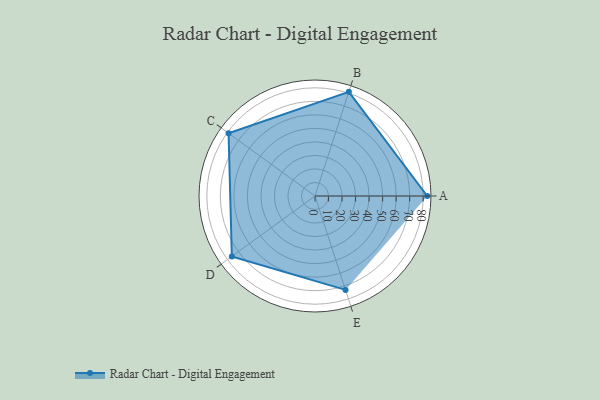
{"axis": {"x": "Skill", "y": "Score"}, "legend": ["Profile"], "data": [{"x": "A", "y": 83.0, "type": "Profile"}, {"x": "B", "y": 81.0, "type": "Profile"}, {"x": "C", "y": 79.0, "type": "Profile"}, {"x": "D", "y": 76.0, "type": "Profile"}, {"x": "E", "y": 73.0, "type": "Profile"}]}